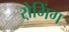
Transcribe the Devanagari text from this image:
रो़मिंग